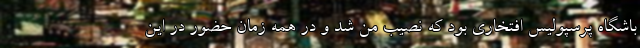
باشگاه پرسپولیس افتخاری بود که نصیب من شد و در همه زمان حضور در این